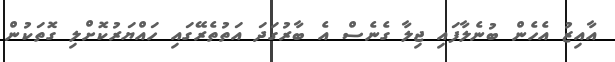
އާއިޒު އެހެން ބުނެލާފައި ޖިލާ ގެނެސް އެ ބާރުގަދަ އަތުތެރޭގައި ހައްޔަރުކޮށްލި ގޮތަކުން